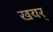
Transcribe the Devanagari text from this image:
खयर्